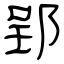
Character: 郢